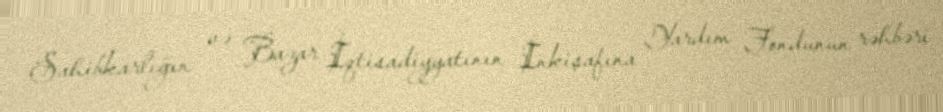
Sahibkarlığın və Bazar İqtisadiyyatının İnkişafına Yardım Fondunun rəhbəri